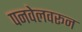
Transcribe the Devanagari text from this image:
पनवेलवरून